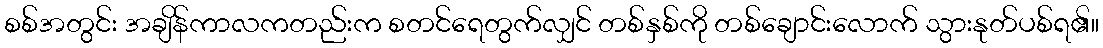
စစ်အတွင်း အချိန်ကာလကတည်းက စတင်ရေတွက်လျှင် တစ်နှစ်ကို တစ်ချောင်းလောက် သွားနုတ်ပစ်ရ၏။